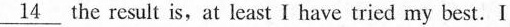
\underline{14}_14 the result is,at least I have tried my best.I